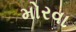
મોરવા